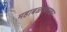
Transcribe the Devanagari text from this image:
महाबळेश्वरकर